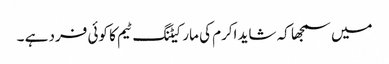
میں سمجھا کہ شاید اکرم کی مارکیٹنگ ٹیم کا کوئی فرد ہے ۔